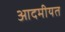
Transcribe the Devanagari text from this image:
आदमीयत